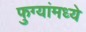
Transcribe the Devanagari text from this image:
फुग्यांमध्ये